Document type: Sale
Year: 1209
Scribe: Arnau de Torre
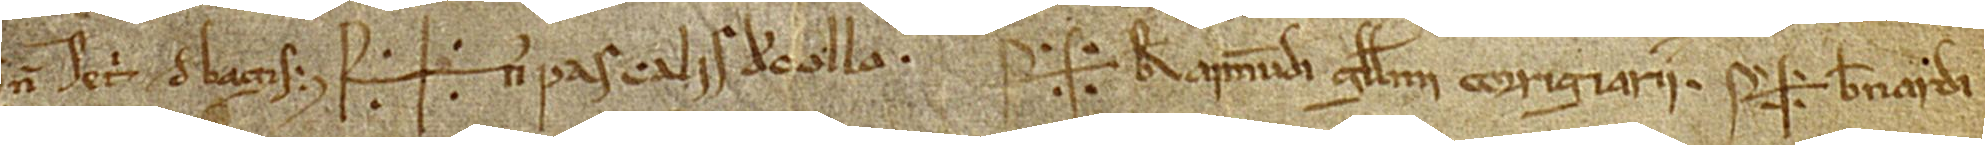
num Petri de Bagis. Sig+num Pascalis de Collo. Sig+num Raimundi Guillelmi, corrigiarii, Sig+num Bernardi